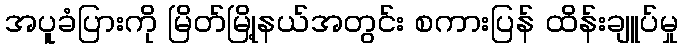
အပူခံပြားကို မြိတ်မြို့နယ်အတွင်း စကားပြန် ထိန်းချူပ်မှု